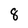
Character: 8